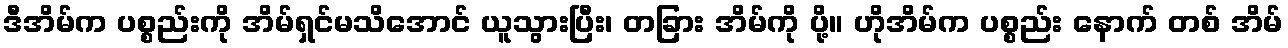
ဒီအိမ်က ပစ္စည်းကို အိမ်ရှင်မသိအောင် ယူသွားပြီး၊ တခြား အိမ်ကို ပို့။ ဟိုအိမ်က ပစ္စည်း နောက် တစ် အိမ်